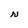
Character: N